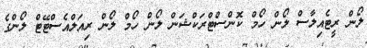
ލޯން ރީޓެއިލާސް ލޯން ހޯމް ކޮންސްޓްރަކްޝަން ލޯން ހޯމް ލޯން ރިއަލްއެސްޓޭޓް ލޯންގެ